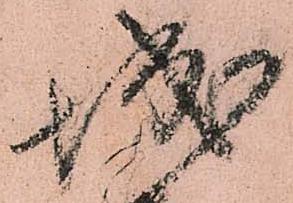
城